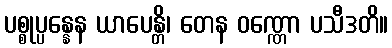
ပစ္စုပ္ပန္နေန ယာပေန္တိ၊ တေန ဝဏ္ဏော ပသီဒတိ။